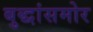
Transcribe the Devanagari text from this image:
बुद्धांसमोर